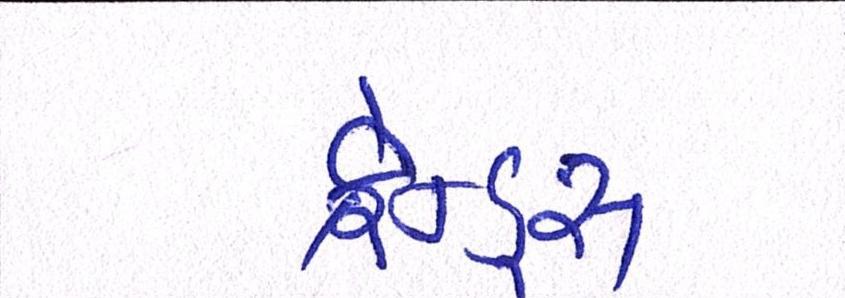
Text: ફ્રેન્ડ્સ